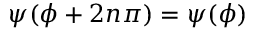
\psi ( \phi + 2 n \pi ) = \psi ( \phi )